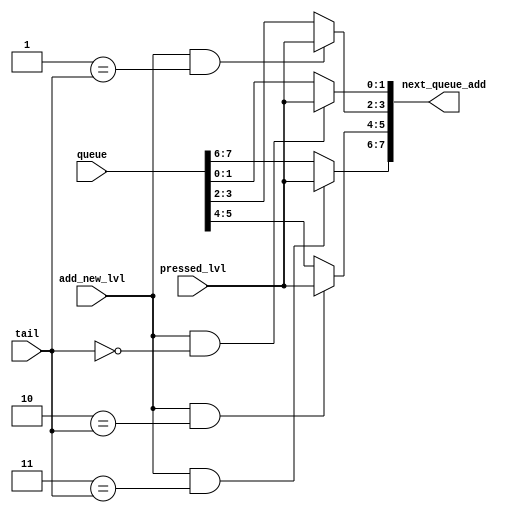
module next_queue_add_logic (
    // 
    input add_new_lvl,
    input [1:0] pressed_lvl,
    input [7:0] queue,
    input [2:0] tail,
    // 
    output [7:0] next_queue_add
);
    genvar i;
    generate
        for (i = 0; i < 4; i = i+1) begin
            assign next_queue_add[i*2+1:i*2] = (add_new_lvl & i == tail) ? pressed_lvl : queue[i*2+1:i*2];
        end
    endgenerate
 endmodule